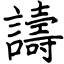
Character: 譸